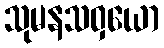
သုမနသဝှယော